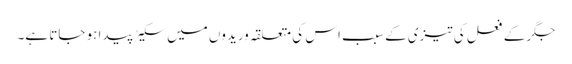
جگر کے فعل کی تیزی کے سبب اس کی متعلقہ وریدوں میں سکیڑ پیدا ہو جاتا ہے۔